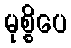
မုစ္စိပေ